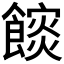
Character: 𮩏